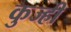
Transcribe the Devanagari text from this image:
कुज्ही